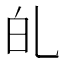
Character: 癿